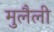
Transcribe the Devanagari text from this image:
मुलैली